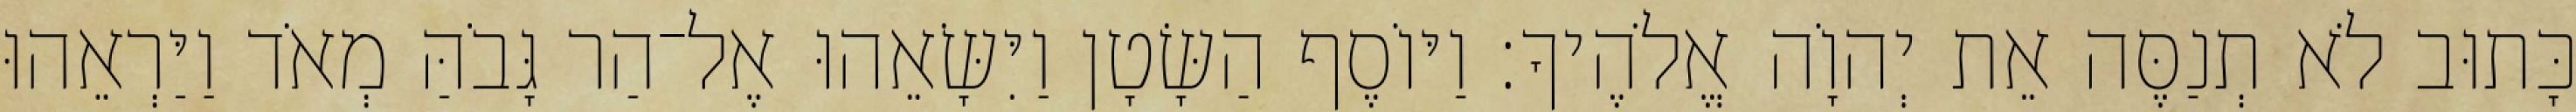
כָּתוּב לֹא תְנַסֶּה אֵת יְהוָֹה אֱלֹהֶיךָ׃ וַיּוֹסֶף הַשָּׂטָן וַיִּשָּׂאֵהוּ אֶל־הַר גָּבֹהַּ מְאֹד וַיַּרְאֵהוּ